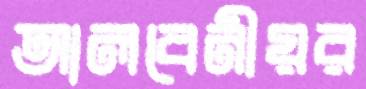
আলবেনীয়র